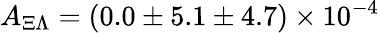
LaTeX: A_{\Xi\Lambda}=(0.0\pm 5.1\pm 4.7)\times 10^{-4}